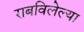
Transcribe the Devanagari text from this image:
राबविलेल्या